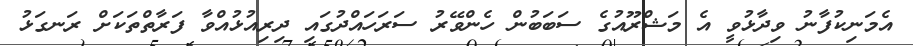
އެމަނިކުފާނު ވިދާޅުވީ އެ މަޝްރޫއުގެ ސަބަބުން ހެންވޭރު ސަރަހައްދުގައި ދިރިއުޅުއްވާ ފަރާތްތަކަށް ރަނގަޅު